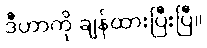
ဒီဟာကို ချန်ထားပြီးပြီ။